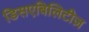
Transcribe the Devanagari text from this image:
डिसएबिलिटीज़